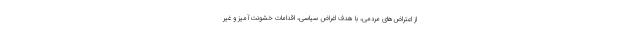
از اعتراض‌های مردمی، با هدف اغراض سیاسی، اقدامات خشونت‌آمیز و غیر